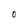
Character: 0